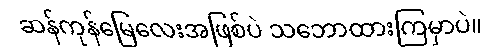
ဆန်ကုန်မြေလေးအဖြစ်ပဲ သဘောထားကြမှာပဲ။